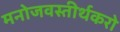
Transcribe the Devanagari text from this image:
मनोजवस्तीर्थकरो